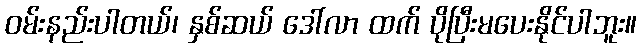
ဝမ်းနည်းပါတယ်၊ နှစ်ဆယ် ဒေါ်လာ ထက် ပိုပြီးမပေးနိုင်ပါဘူး။